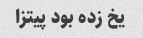
یخ زده بود پیتزا